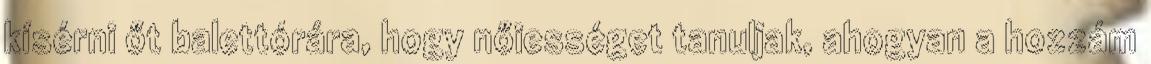
kísérni őt balettórára, hogy nőiességet tanuljak, ahogyan a hozzám